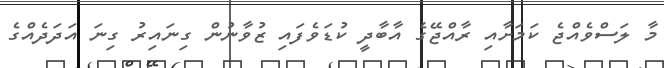
މާ ލަސްވެއްޖެ ކަމަށާއި ރާއްޖޭގެ އާބާދީ ކުޑަވެފައި ޒުވާނުން ގިނައިރު ގިނަ އަދަދެއްގެ